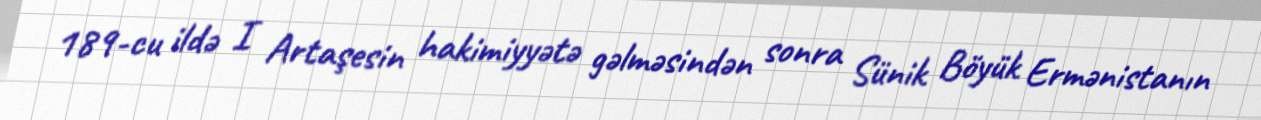
189-cu ildə I Artaşesin hakimiyyətə gəlməsindən sonra Sünik Böyük Ermənistanın